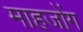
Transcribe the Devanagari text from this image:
माहजोंग